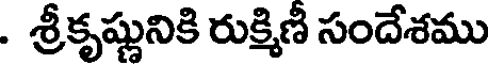
. శ్రీకృష్ణునికి రుక్మిణి సందేశము